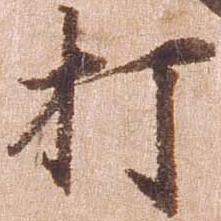
打